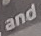
and